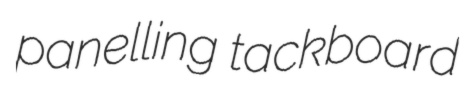
panelling tackboard